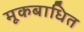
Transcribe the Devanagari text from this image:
मूकबाधित